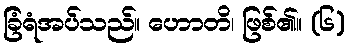
ခြံရံအပ်သည်။ ဟောတိ၊ ဖြစ်၏။ (၆)